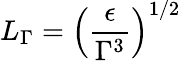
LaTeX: L_{\Gamma}=\left(\frac{\epsilon}{\Gamma^{3}}\right)^{1/2}